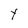
Character: y